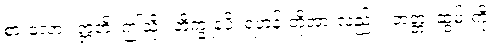
စားလော့။ ဣတိ၊ ဤသို့။ ဘိက္ခူနံပိ၊ ရဟန်းတို့အားလည်း။ ဘတ္တံ၊ ဆွမ်းကို။